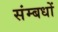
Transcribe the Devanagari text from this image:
संम्बधों